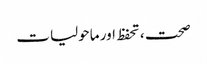
صحت ، تحفظ اور ماحولیات